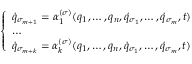
\left\{ \begin{array} { l l } { { \dot { q } } _ { \sigma _ { m + 1 } } = \alpha _ { 1 } ^ { ( \sigma ) } ( q _ { 1 } , \dots , q _ { n } , { \dot { q } } _ { \sigma _ { 1 } } , \dots , { \dot { q } } _ { \sigma _ { m } } , t ) } \\ { \dots } \\ { { \dot { q } } _ { { \sigma } _ { m + k } } = \alpha _ { k } ^ { ( \sigma ) } ( q _ { 1 } , \dots , q _ { n } , { \dot { q } } _ { \sigma _ { 1 } } , \dots , { \dot { q } } _ { \sigma _ { m } } , t ) } \end{array} \right.